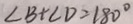
\angle B + \angle D = 1 8 0 ^ { \circ }